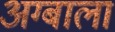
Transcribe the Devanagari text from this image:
अग्बाला